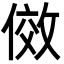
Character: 傚